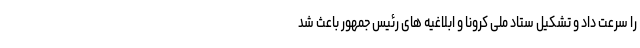
را سرعت داد و تشکیل ستاد ملی کرونا و ابلاغیه های رئیس جمهور باعث شد